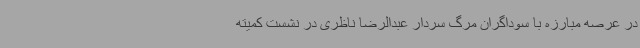
در عرصه مبارزه با سوداگران مرگ سردار عبدالرضا ناظری در نشست کمیته